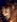
و